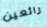
رائعين